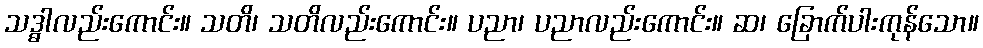
သဒ္ဓါလည်းကောင်း။ သတိ၊ သတိလည်းကောင်း။ ပညာ၊ ပညာလည်းကောင်း။ ဆ၊ ခြောက်ပါးကုန်သော။